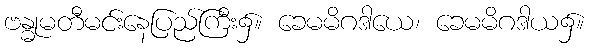
ဗန္ဓုမတီမင်းနေပြည်ကြီး၌။ ခေမမိဂဒါယေ၊ ခေမမိဂဒါယ၌။